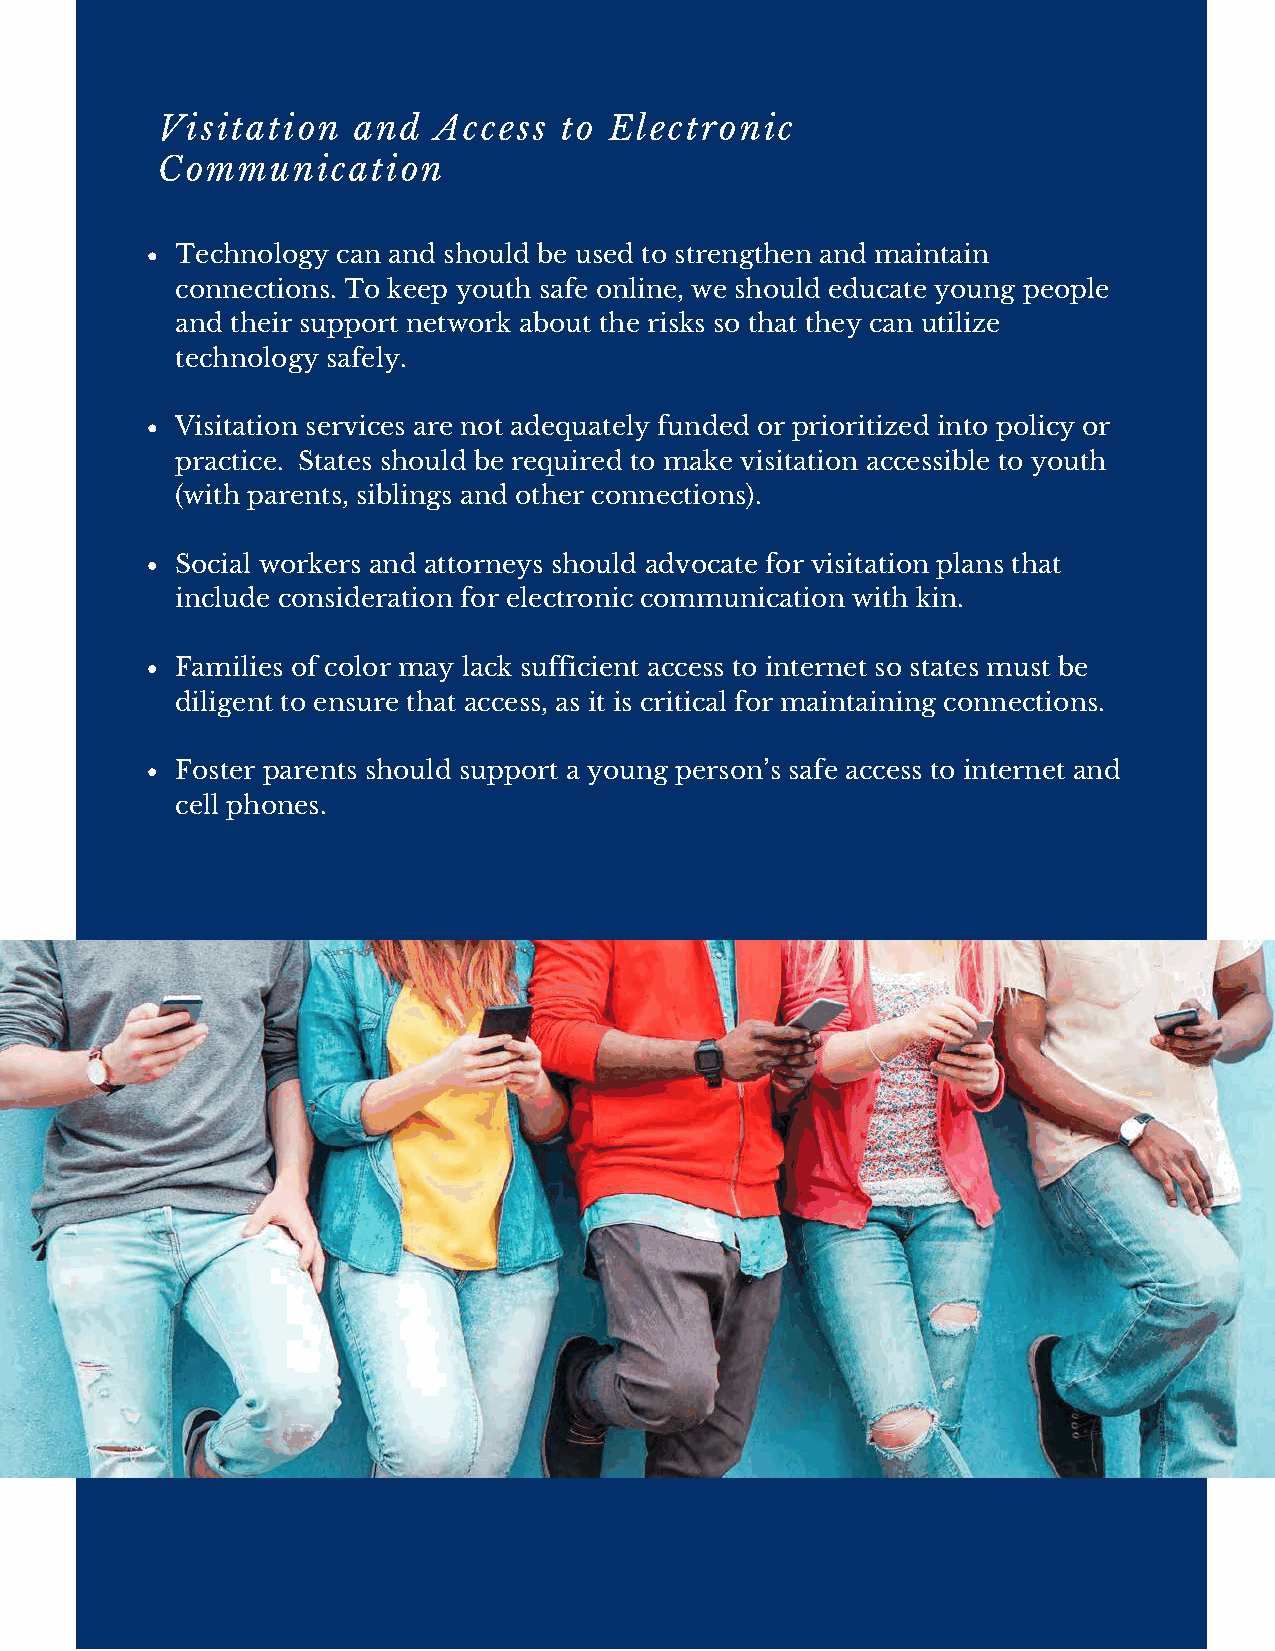
Visitation   and   Access  to Electronic
 Communication
 Technology can and should be used to strengthen and maintain
 connections. To keep youth safe online, we should educate young people
 and their support network about the risks so that they can utilize
 technology safely.
 Visitation services are not adequately funded or prioritized into policy or
 practice. States should be required to make visitation accessible to youth
 (with parents, siblings and other connections).
 Social workers and attorneys should advocate for visitation plans that
 include consideration for electronic communication with kin.
 Families of color may lack sufficient access to internet so states must be
 diligent to ensure that access, as it is critical for maintaining connections.
 Foster parents should support a young person’s safe access to internet and
 cell phones.